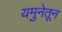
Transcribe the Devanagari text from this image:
यमुनेतून